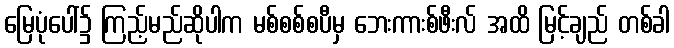
မြေပုံပေါ်၌ ကြည့်မည်ဆိုပါက မစ်စစ်စပီမှ ဘေးကားစ်ဖီးလ် အထိ မြင့်ချည် တစ်ခါ